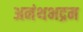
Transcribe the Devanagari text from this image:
अनंथभद्रम